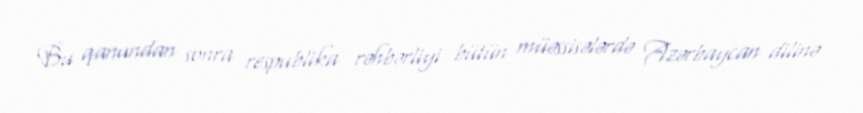
Bu qanundan sonra respublika rəhbərliyi bütün müəssisələrdə Azərbaycan dilinə